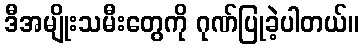
ဒီအမျိုးသမီးတွေကို ဂုဏ်ပြုခဲ့ပါတယ်။